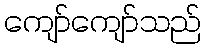
ကျော်ကျော်သည်